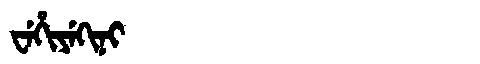
Manchu: ᠸᡝᡥᡳᠶᡝᡴᡳᠨᡳ
Romanization: WEHIYEKINI